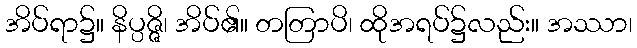
အိပ်ရာ၌။ နိပ္ပဇ္ဇိ၊ အိပ်၏။ တတြာပိ၊ ထိုအရပ်၌လည်း။ အဿာ၊